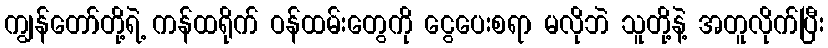
ကျွန်တော်တို့ရဲ့ ကန်ထရိုက် ဝန်ထမ်းတွေကို ငွေပေးစရာ မလိုဘဲ သူတို့နဲ့ အတူလိုက်ပြီး